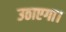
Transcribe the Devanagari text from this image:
उठाएगा।